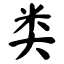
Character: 类